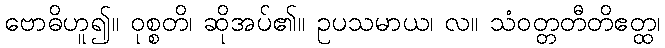
ဗောဓိဟူ၍။ ဝုစ္စတိ၊ ဆိုအပ်၏။ ဥပသမာယ၊ လ။ သံဝတ္တတီတိဧတ္ထ၊